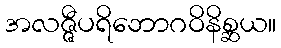
အလဇ္ဇီပရိဘောဂဝိနိစ္ဆယ။